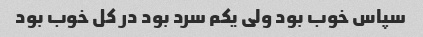
سپاس خوب بود ولی یکم سرد بود در کل خوب بود